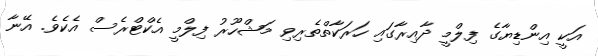
އަކީ އިންޑިޔާގެ ފިލްމީ ދާއިރާގައި ހަރަކާތްތެރިވި މަޝްހޫރު ފިލްމީ އެކްޓްރެސް އެކެވެ. އޭނާ